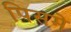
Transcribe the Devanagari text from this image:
पिसमे